Report on vaccination in Madras 1922-1929 - 1922-1929
Year: 1922
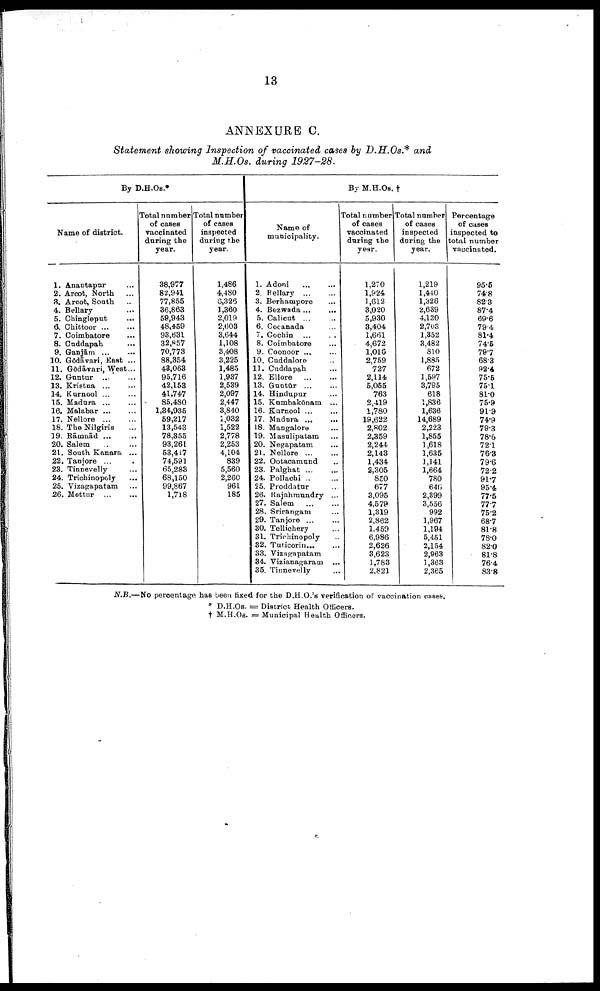
13
ANNEXURE C.
Statement showing Inspection of vaccinated cases by D.H.Os* and
M.H.Os. during 1927-28.
By D.H.Os *
Name of district.
1.
2.
3.
4.
5.
6.
7.
8.
9.
10.
11.
12.
13.
14.
15.
16.
17.
18.
19.
20.
21.
22.
23.
24.
25.
26.
Anantapur ...
Arcot, North ...
Arcot, South ...
Bellary ...
Chingleput ...
Chittoor
...
...
Coimbatore ...
Cuddapah ...
Ganjām
...
...
Gōdāvari, East ...
Gōdāvari, West...
Guntur ... ...
Kristna
...
...
Kurnool ... ...
Madura ... ...
Malabar
...
...
Nellore
...
...
The Nilgiris ...
Rāmnād
...
...
Salem ... ...
South Kanara ...
Tanjore ... ...
Tinnevelly ...
Trichinopoly ...
Vizagapatam ...
Mettur
...
...
Total number
of cases
vaccinated
during the
year.
38,977
82,941
77,855
36,863
59,943
48,459
93,631
32,857
70,773
88,354
43,063
95,716
42,153
41,747
85,480
1,34,935
59,217
13,543
78,355
93,261
53,417
74,591
65,283
68,150
99,867
1,718
Total number
of cases
inspected
during the
year.
1,486
4,480
6,326
1,360
2,019
2,603
3,644
1,108
3,408
3,225
1,485
1,937
2,539
2,097
2,447
3,840
1,032
1,522
2,778
2,253
4,104
839
5,560
2,260
961
185
By M.H.Os. †
Name of
municipality.
1.
2.
3.
4.
5.
6.
7.
8.
9.
10.
11.
12.
13.
14.
15.
16.
17.
18.
19.
20.
21.
22.
23.
24.
25.
26.
27.
28.
29.
30.
31.
32.
33.
34.
35.
Adoni
...
...
Bellary
...
...
Berhampure ...
Bezwada ... ...
Calicut ... ...
Cocanada ...
Cochin ... ...
Coimbatore ...
Coonoor ... ...
Cuddalore ...
Cuddapah ...
Ellore
...
...
Guntūr
...
...
Hindupur ...
Kumbakōnam ...
Kurnool
...
...
Madura
...
...
Mangalore ...
Masulipatam ...
Negapatam ...
Nellore
...
...
Ootacamund ...
Palghat
...
...
Pollachi
...
...
Proddatur ...
Rajahmundry ...
Salem
...
...
Srirangam ...
Tanjore
...
...
Tellichery ...
Trichinopoly ...
Tuticorin ... ...
Vizagapatam ...
Vizianagaram ...
Tinnevelly ...
Total number
of cases
vaccinated
during the
year.
1,270
1,924
1,612
3,020
5,930
3,404
1,661
4,672
1,016
2,759
727
2,114
5,055
763
2,419
1,780
19,622
2,802
2,359
2,244
2,143
1,434
2,305
850
677
3,095
4,579
1,319
2,862
1,459
6,986
2,626
3,623
1,783
2,821
Total number
of cases
inspected
during the
year.
1,219
1,440
1,326
2,639
4,130
2,703
1,352
3,482
810
1,885
672
1,597
3,795
618
1,836
1,636
14,689
2,223
1,855
1,618
1,635
1,141
1,664
780
646
2,399
3,556
992
1,967
1,194
5,451
2,154
2,963
1,363
2,365
Percentage
of cases
inspected to
total number
vaccinated.
95.5
74.8
82.3
87.4
69.6
79.4
81.4
74.5
79.7
68.3
92.4
75.5
75.1
81.0
75.9
91.9
74.9
79.3
78.6
72.1
76.3
79.6
72.2
91.7
95.4
77.5
77.7
75.2
68.7
81.8
78.0
82.0
81.8
76.4
83.8
N.B.—No percentage has been fixed for the D.H.O.'s verification of vaccination cases.
* D.H.Os. = District Health Officers.
† M.H.Os. = Municipal Health Officers.